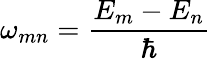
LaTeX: \omega_{mn}=\frac{E_{m}-E_{n}}{\hbar}